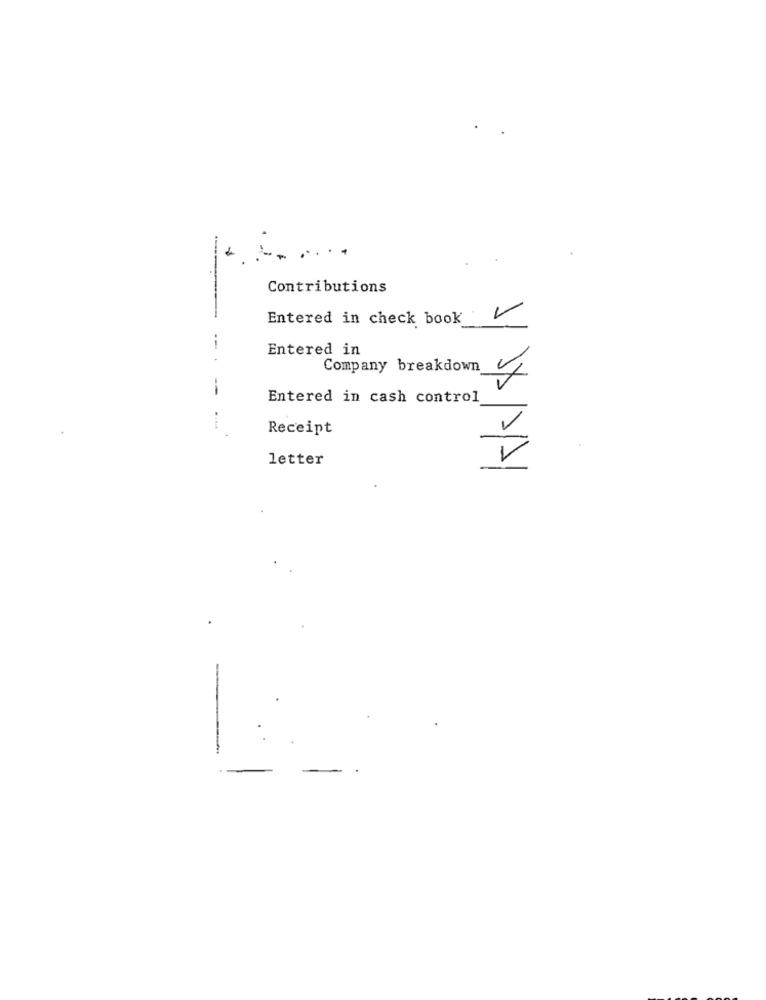
....
Contributions
Entered in check book
V
---
Entered in
Company breakdown
Entered in cash control
Receipt
letter
JA/D/A/